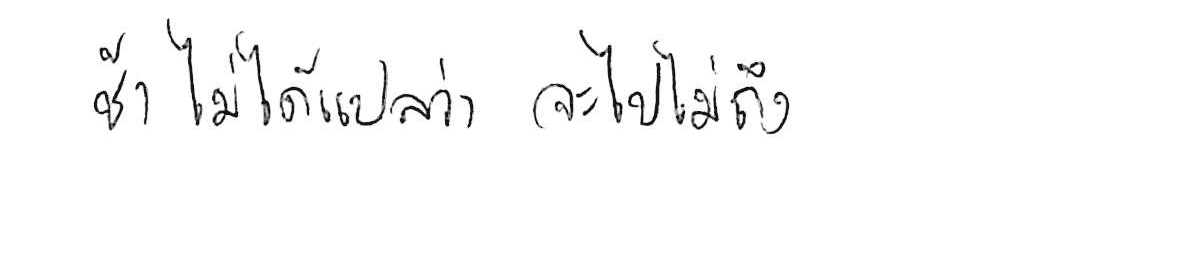
ช้า ไม่ได้แปลว่า จะไปไม่ถึง